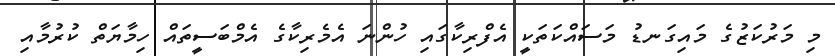
މި މަރުކަޒުގެ މައިގަނޑު މަސައްކަތަކީ އެފްރިކާގައި ހުންނަ އެމެރިކާގެ އެމްބަސީތައް ހިމާޔަތް ކުރުމާއި